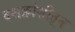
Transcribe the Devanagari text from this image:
दशक्रोशीतून